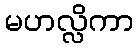
မဟလ္လိကာ